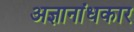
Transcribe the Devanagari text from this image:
अज्ञानांधकार